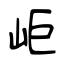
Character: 岠